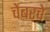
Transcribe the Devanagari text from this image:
चेंबरचे